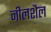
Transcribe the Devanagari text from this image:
नीलशैल